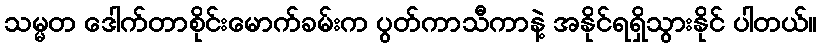
သမ္မတ ဒေါက်တာစိုင်းမောက်ခမ်းက ပွတ်ကာသီကာနဲ့ အနိုင်ရရှိသွားနိုင် ပါတယ်။